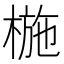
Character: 椸